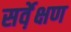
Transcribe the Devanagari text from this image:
सर्वे़क्षण